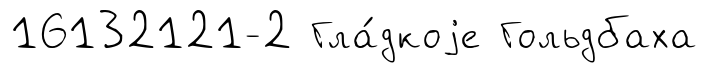
16132121-2 Гла́дкоjе Гольдбаха